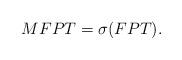
LaTeX: \begin{align*}MFPT =\sigma(FPT).\end{align*}